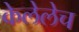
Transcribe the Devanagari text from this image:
केलेलेच